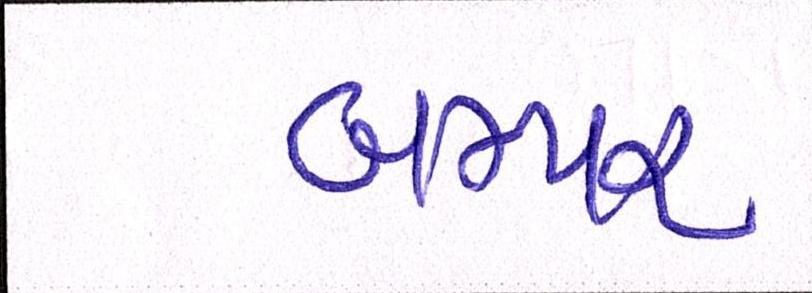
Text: બમ્પર